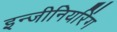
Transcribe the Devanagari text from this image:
इन्‍जीनियरिंग